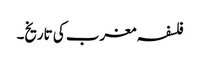
فلسفہ مغرب کی تاریخ۔